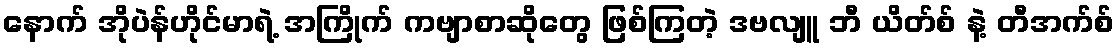
နောက် အိုပဲန်ဟိုင်မာရဲ့ အကြိုက် ကဗျာစာဆိုတွေ ဖြစ်ကြတဲ့ ဒဗလျူ ဘီ ယိတ်စ် နဲ့ တီအက်စ်